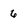
Character: 6